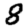
Digit: 8